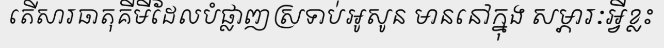
តើសារធាតុគីមីដែលបំផ្លាញស្រទាប់អូសូន មាននៅក្នុង សម្ភារៈអ្វីខ្លះ